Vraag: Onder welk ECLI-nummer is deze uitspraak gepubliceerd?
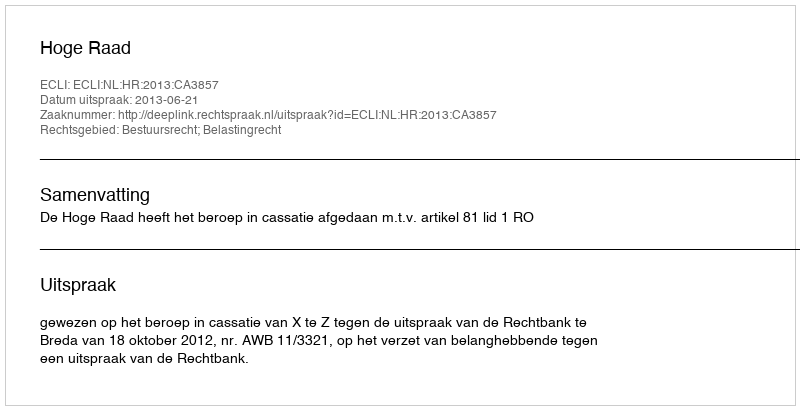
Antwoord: ECLI:NL:HR:2013:CA3857